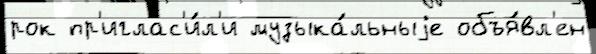
рок пр'иглас'и́л'и музыка́льныjе объя́вл'ен